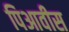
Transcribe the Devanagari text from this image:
पिआवीस